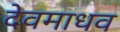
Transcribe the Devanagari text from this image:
देवमाधव